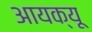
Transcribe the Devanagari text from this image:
आयक्यू